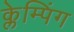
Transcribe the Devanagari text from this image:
क्लेम्पिंग